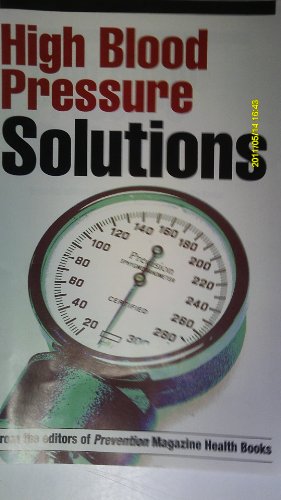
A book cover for High Blood Pressure Solutions (Prevention Magazine Health Books); Health, Fitness & Dieting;